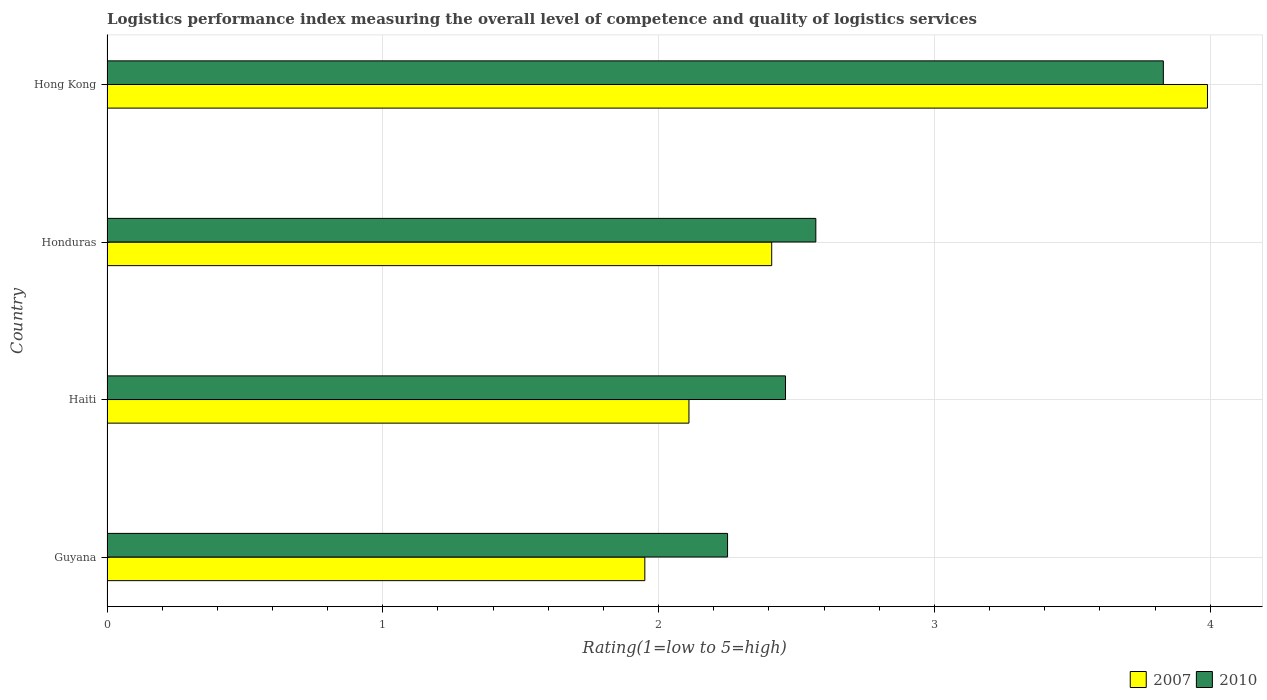
| Country | 2007 | 2010 |
 | --- | --- | --- |
 | Guyana | 1.95 | 2.25 |
 | Haiti | 2.11 | 2.46 |
 | Honduras | 2.41 | 2.57 |
 | Hong Kong | 3.99 | 3.83 |